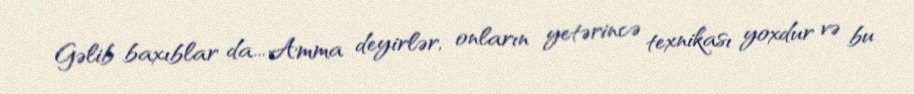
Gəlib baxıblar da... Amma deyirlər, onların yetərincə texnikası yoxdur və bu